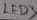
Text: LED3